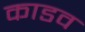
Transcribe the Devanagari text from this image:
काडव